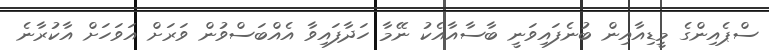
ސްޕެއިންގެ މީޑިއާއިން ބުނެފައިވަނީ ބާސާއާއެކު ނޭމާ ހަދާފައިވާ އެއްބަސްވުން ވަރަށް އަވަހަށް އާކުރާނެ